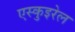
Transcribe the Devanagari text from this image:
एस्कुइरेल